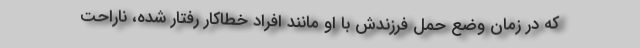
که در زمان وضع حمل فرزندش با او مانند افراد خطاکار رفتار شده، ناراحت